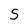
Character: 5